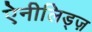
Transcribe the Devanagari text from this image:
ऐनीलिड्ज़